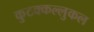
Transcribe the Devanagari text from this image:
कुटक्कल्लुकल